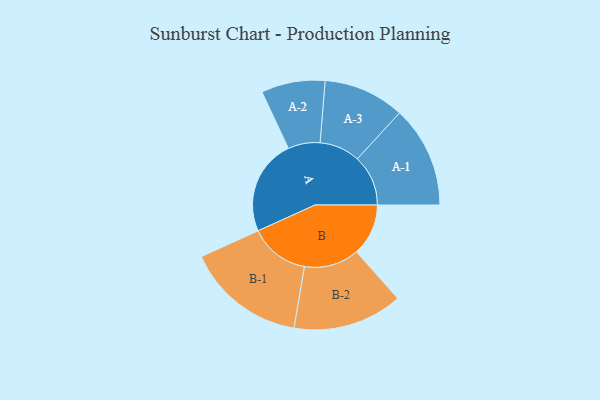
{"axis": {"x": "Segment", "y": "Value"}, "legend": ["", "A", "B"], "data": [{"x": "A", "y": 455, "type": ""}, {"x": "B", "y": 247, "type": ""}, {"x": "A-1", "y": 242, "type": "A"}, {"x": "A-2", "y": 152, "type": "A"}, {"x": "A-3", "y": 193, "type": "A"}, {"x": "B-1", "y": 285, "type": "B"}, {"x": "B-2", "y": 261, "type": "B"}]}